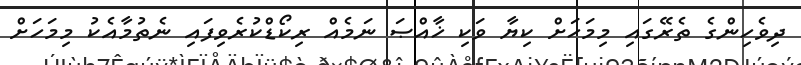
ދިވެހިންގެ ތެރޭގައި މިމަހަށް ކިޔާ ވަކި ޚާއްޞަ ނަމެއް ރިކޯޑްކުރެވިފައި ނެތުމާއެކު މިމަހަށް